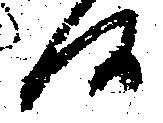
候